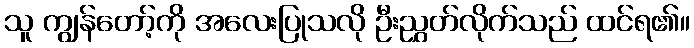
သူ ကျွန်တော့်ကို အလေးပြုသလို ဦးညွှတ်လိုက်သည် ထင်ရ၏။